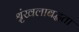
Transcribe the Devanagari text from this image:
श्रृंखलाबद्धता